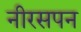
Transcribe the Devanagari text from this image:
नीरसपन